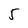
Character: 5